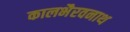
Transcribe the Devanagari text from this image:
कालभैरवनाथ